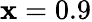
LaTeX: \mathbf{x}=0.9